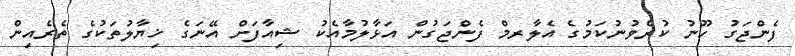
ފެންޖަގު ހޫނު ކުރެވުނުކަމުގެ އެލާރމް ފެންޖަގުން އަޅާލުމާއެކު ޝިއާފަށް އޭނަގެ ޚިޔާލުތަކުގެ ތެރެއިން